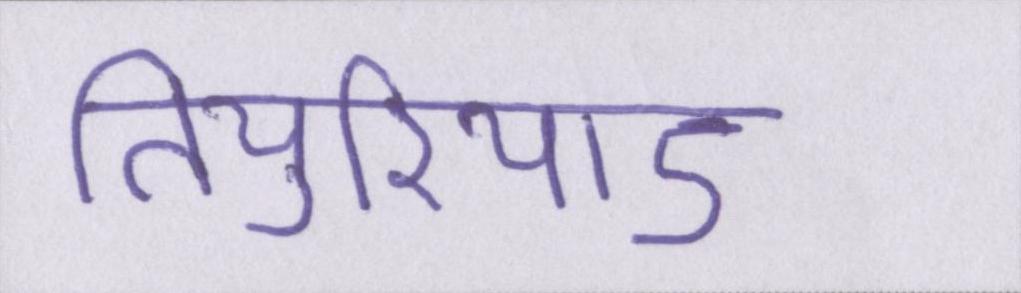
तियुरियाऽ